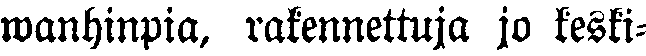
wanhinpia, rakennettuja jo keski-